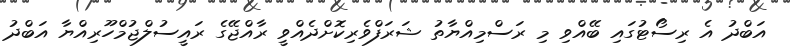
އަބްދު އެ ރިސޯޓުގައި ބޭއްވި މި ރަސްމިއްޔާތު ޝަރަފްވެރިކޮށްދެއްވީ ރާއްޖޭގެ ރައީސުލްޖުމްހޫރިއްޔާ އަބްދު